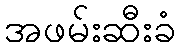
အဖမ်းဆီးခံ